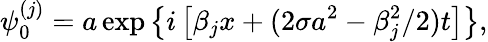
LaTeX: \psi_{0}^{(j)}=a\exp\left\{ i\left[{\beta_{j}}x+(2\sigma a^{2}-\beta_{j}^{2}/2)t\right]\right\} ,